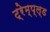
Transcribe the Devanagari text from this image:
ट्रेम्प्ल्ड